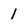
Character: 1